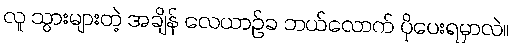
လူ သွားများတဲ့ အချိန် လေယာဉ်ခ ဘယ်လောက် ပိုပေးရမှာလဲ။